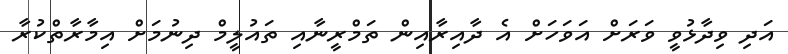
އަދި ވިދާޅުވީ ވަރަށް އަވަހަށް އެ ދާއިރާއިން ތަމްރީނާއި ތައުލީމް ދިނުމަށް އިމާރާތްކުރާ